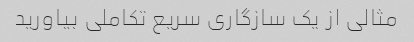
مثالی از یک سازگاری سریع تکاملی بیاورید